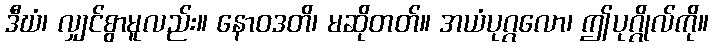
ဒီဃံ၊ လျှင်စွာမူလည်း။ နောဝဒတိ၊ မဆိုတတ်။ အယံပုဂ္ဂလော၊ ဤပုဂ္ဂိုလ်ကို။